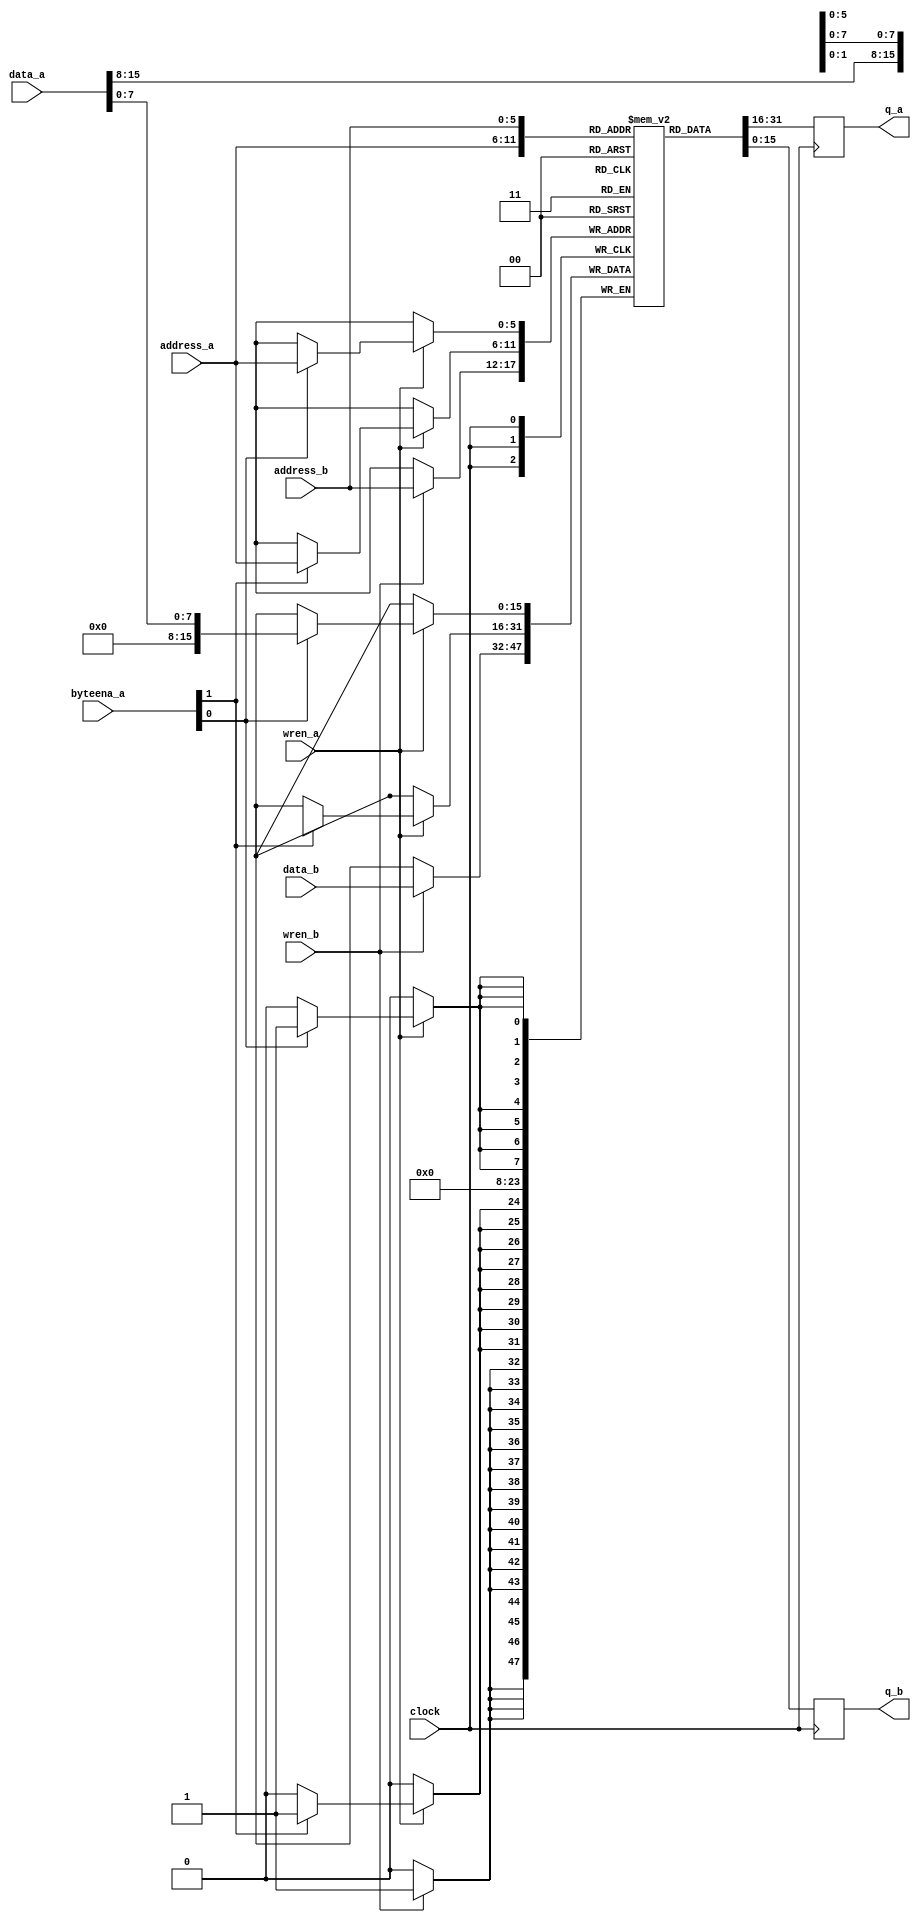
//
// Copyright (c) 2014-2019 by 1801BM1@gmail.com
//
// 1801VM1 Register File and Constant Generator (64x16 Dual-Port RAM/ROM)
//______________________________________________________________________________
//
// Generic implementation of Register File and Constant Generator, memory blocks
// are assumed to be inferred. Some verions of synthesys tools (Quartus, etc.)
// do not infer memory blocks correctly, so explicit RAM megafunction should be
// used, depending on device type. It provides much better Fmax and resource
// usage. If vendor specific memory function is used this file should not be
// included in project.
//
// Interface is compatible with Altera Dual-Port Single Clock RAM.
// Writing on Port B is not used, because Port B is for ROM only.
//
module vm1_vcram(
   input [5:0]  address_a,
   input [5:0]  address_b,
   input [1:0]  byteena_a,
   input        clock,
   input [15:0] data_a,
   input [15:0] data_b,
   input        wren_a,
   input        wren_b,
   output reg [15:0] q_a,
   output reg [15:0] q_b);

reg [15:0] ram[63:0];
//
// Set initial content for Constant and Vector Generator
//
initial
begin
   ram[ 0] = 16'O000000;
   ram[ 1] = 16'O000000;
   ram[ 2] = 16'O000000;
   ram[ 3] = 16'O000000;
   ram[ 4] = 16'O000000;
   ram[ 5] = 16'O000000;
   ram[ 6] = 16'O000000;
   ram[ 7] = 16'O000000;

   ram[ 8] = 16'O000000;
   ram[ 9] = 16'O000000;
   ram[10] = 16'O000000;
   ram[11] = 16'O000000;
   ram[12] = 16'O000000;
   ram[13] = 16'O000000;
   ram[14] = 16'O000000;
   ram[15] = 16'O000000;

   ram[16] = 16'O160006;
   ram[17] = 16'O000020;
   ram[18] = 16'O000010;
   ram[19] = 16'O000014;
   ram[20] = 16'O000004;
   ram[21] = 16'O177716;
   ram[22] = 16'O000030;
   ram[23] = 16'O160012;

   ram[24] = 16'O000270;
   ram[25] = 16'O000024;
   ram[26] = 16'O000100;
   ram[27] = 16'O160002;
   ram[28] = 16'O000034;
   ram[29] = 16'O000000;
   ram[30] = 16'O000000;
   ram[31] = 16'O000000;

   ram[32] = 16'O000000;
   ram[33] = 16'O000340;
   ram[34] = 16'O000000;
   ram[35] = 16'O000002;
   ram[36] = 16'O000000;
   ram[37] = 16'O177716;
   ram[38] = 16'O177777;
   ram[39] = 16'O000001;

   ram[40] = 16'O000000;
   ram[41] = 16'O100000;
   ram[42] = 16'O177676;
   ram[43] = 16'O000020;
   ram[44] = 16'O000000;
   ram[45] = 16'O177400;
   ram[46] = 16'O000010;
   ram[47] = 16'O000000;

   ram[48] = 16'O000000;
   ram[49] = 16'O000000;
   ram[50] = 16'O000000;
   ram[51] = 16'O000000;
   ram[52] = 16'O000000;
   ram[53] = 16'O000000;
   ram[54] = 16'O000000;
   ram[55] = 16'O000000;

   ram[56] = 16'O000000;
   ram[57] = 16'O000000;
   ram[58] = 16'O000000;
   ram[59] = 16'O000000;
   ram[60] = 16'O000000;
   ram[61] = 16'O000000;
   ram[62] = 16'O000000;
   ram[63] = 16'O000000;
end

always @ (posedge clock)
begin
   if (wren_a)
   begin
      if (byteena_a[0]) ram[address_a][7:0] <= data_a[7:0];
      if (byteena_a[1]) ram[address_a][15:8] <= data_a[15:8];
   end
   q_a <= ram[address_a];
   if (wren_b)
      ram[address_b]<= data_b;
   q_b <= ram[address_b];
end
endmodule